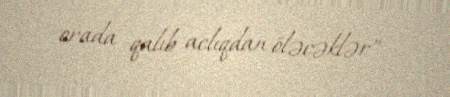
orada qalıb aclıqdan öləcəklər”.